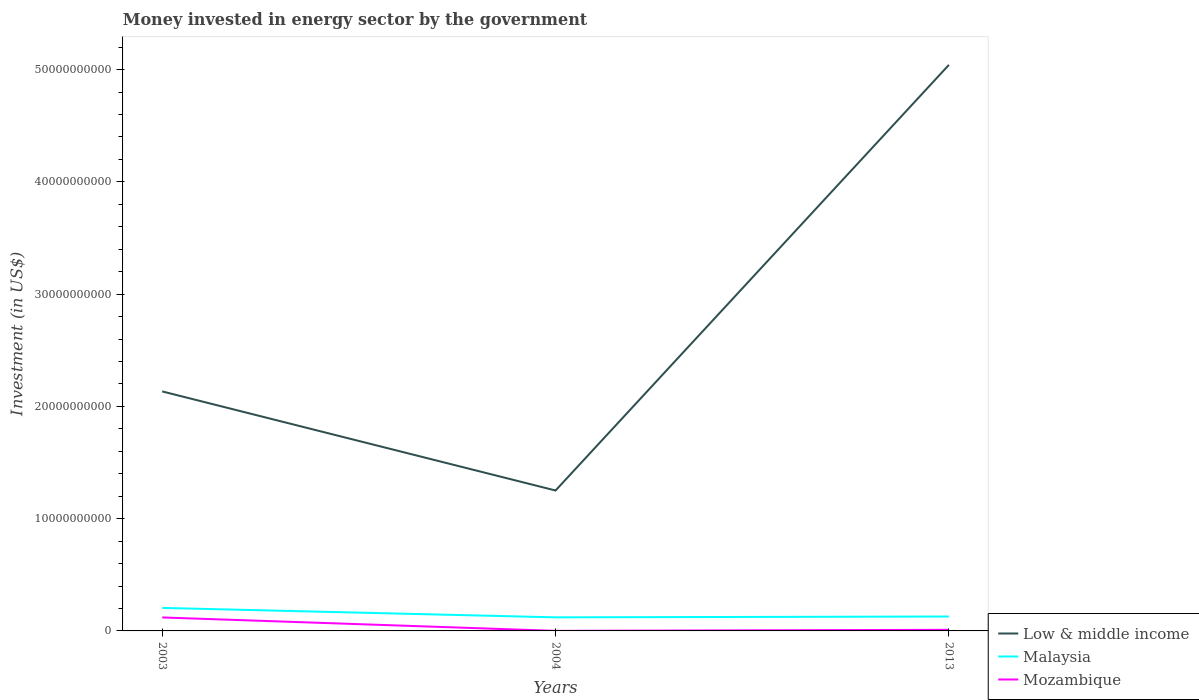
| Years | Low & middle income | Malaysia | Mozambique |
 | --- | --- | --- | --- |
 | 2003 | 2.13e+10 | 2.05e+09 | 1.2e+09 |
 | 2004 | 1.25e+10 | 1.21e+09 | 5.8e+06 |
 | 2013 | 5.04e+10 | 1.28e+09 | 9.87e+07 |